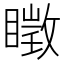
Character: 𥋔